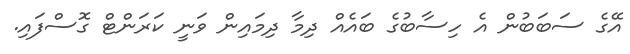
އޭގެ ސަބަބުން އެ ހިސާބުގެ ބައެއް ދިމާ ދިމައިން ވަނީ ކަރަންޓް ގޮސްފައި.